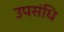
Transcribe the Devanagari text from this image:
उपसंधि